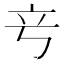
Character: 𬔖